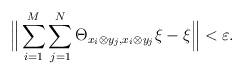
LaTeX: \begin{align*}\Big\| \sum_{i=1}^M \sum_{j=1}^N \Theta_{x_i \otimes y_j,x_i \otimes y_j} \xi - \xi \Big\| <\varepsilon.\end{align*}